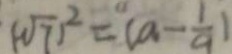
( \sqrt { 7 } ) ^ { 2 } = ( a - \frac { 1 } { a } )